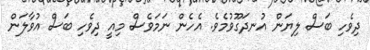
ދިވެހި ބަސް ލިޔަން އުނދަގޫވުމެވެ. އެހެން ނަމަވެސް މިއީ ދިވެހި ބަސް އުވާލަން